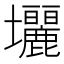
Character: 𡔓